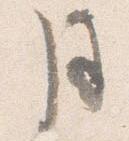
月